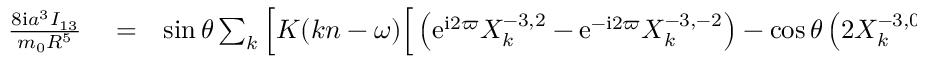
\begin{array} { r l r } { \frac { 8 \mathrm { i } a ^ { 3 } I _ { 1 3 } } { m _ { 0 } R ^ { 5 } } } & { { } = } & { \sin \theta \sum _ { k } \Big [ K ( k n - \omega ) \Big [ \left( \mathrm { e } ^ { \mathrm { i } 2 \varpi } X _ { k } ^ { - 3 , 2 } - \mathrm { e } ^ { - \mathrm { i } 2 \varpi } X _ { k } ^ { - 3 , - 2 } \right) - \cos \theta \left( 2 X _ { k } ^ { - 3 , 0 } - \mathrm { e } ^ { \mathrm { i } 2 \varpi } X _ { k } ^ { - 3 , 2 } - \mathrm { e } ^ { - \mathrm { i } 2 \varpi } X _ { k } ^ { - 3 , - 2 } \right) \Big ] } \end{array}